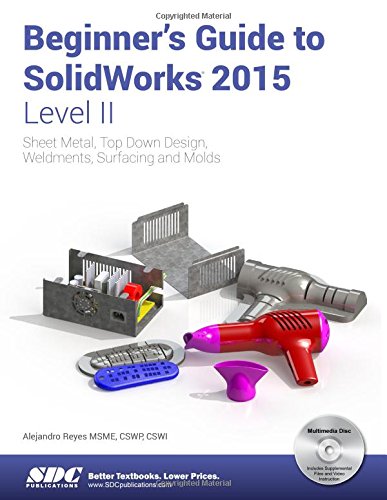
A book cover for Beginner's Guide to SolidWorks 2015 - Level II; Alejandro Reyes; Engineering & Transportation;